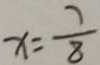
x = \frac { 7 } { 8 }